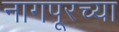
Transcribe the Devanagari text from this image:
नागपूरच्‍या